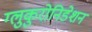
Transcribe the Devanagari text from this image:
ग्लुकुरोनिडेशन